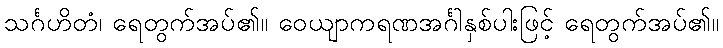
သင်္ဂဟိတံ၊ ရေတွက်အပ်၏။ ဝေယျာကရဏအင်္ဂါနှစ်ပါးဖြင့် ရေတွက်အပ်၏။